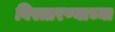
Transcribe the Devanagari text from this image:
विस्तारण्याच्या